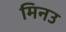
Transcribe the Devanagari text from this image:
मिनउ